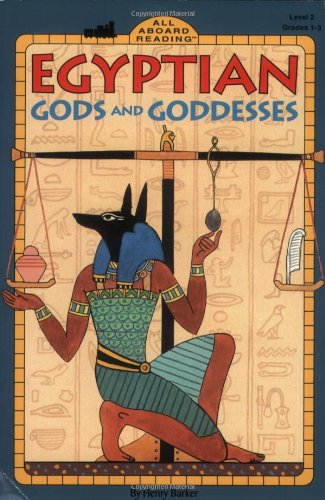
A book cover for Egyptian Gods and Goddesses (Penguin Young Readers, Level 4); Henry Barker; Children's Books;